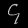
Digit: ၄